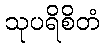
သုပရိစိတံ